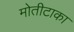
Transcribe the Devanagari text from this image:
मोतीटाका